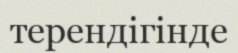
терендігінде